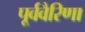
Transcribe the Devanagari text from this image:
पूर्ववैरिणा